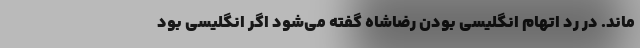
ماند. در رد اتهام انگلیسی بودن رضاشاه گفته می‌شود اگر انگلیسی بود